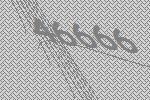
46666